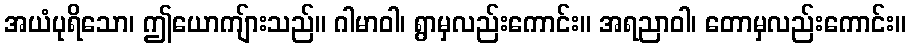
အယံပုရိသော၊ ဤယောကျ်ားသည်။ ဂါမာဝါ၊ ရွာမှလည်းကောင်း။ အရညာဝါ၊ တောမှလည်းကောင်း။